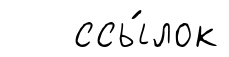
ссы́лок